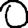
Digit: 0